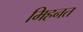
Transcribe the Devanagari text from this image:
मिहनत